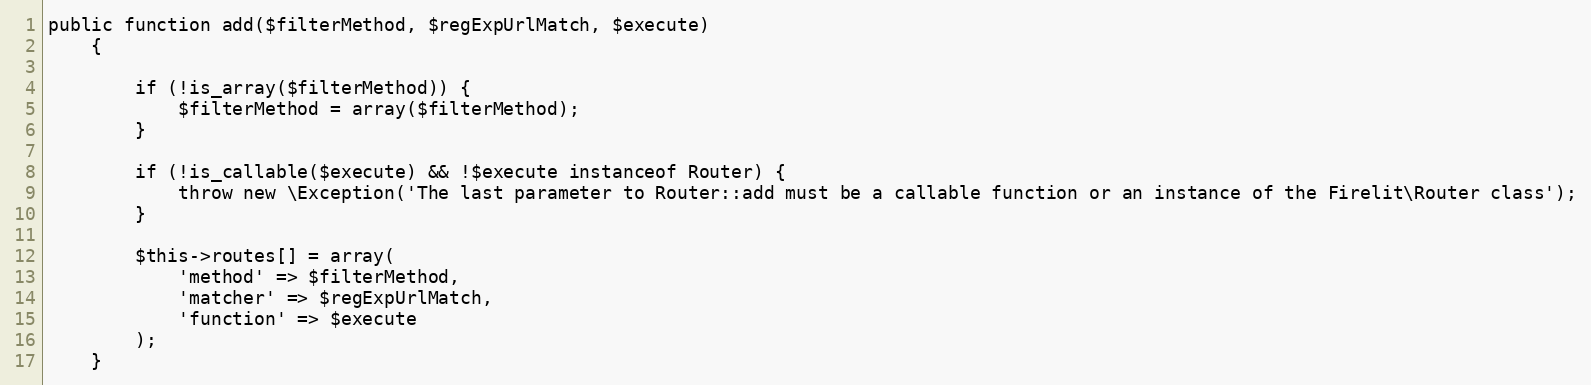
Language: PHP
public function add($filterMethod, $regExpUrlMatch, $execute)
    {

        if (!is_array($filterMethod)) {
            $filterMethod = array($filterMethod);
        }

        if (!is_callable($execute) && !$execute instanceof Router) {
            throw new \Exception('The last parameter to Router::add must be a callable function or an instance of the Firelit\Router class');
        }

        $this->routes[] = array(
            'method' => $filterMethod,
            'matcher' => $regExpUrlMatch,
            'function' => $execute
        );
    }